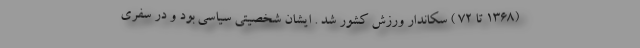
(۱۳۶۸ تا ۷۲ ) سکاندار ورزش کشور شد . ایشان شخصیتی سیاسی بود و در سفری